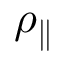
\rho _ { \parallel }